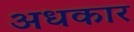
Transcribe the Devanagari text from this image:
अधकार